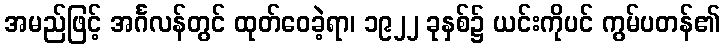
အမည်ဖြင့် အင်္ဂလန်တွင် ထုတ်ဝေခဲ့ရာ၊ ၁၉၂၂ ခုနှစ်၌ ယင်းကိုပင် ကွမ်ပတန်၏